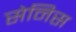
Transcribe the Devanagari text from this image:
सेनिस